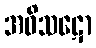
အဝိသဋော